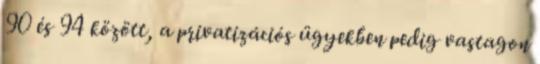
90 és 94 között, a privatizációs ügyekben pedig vastagon